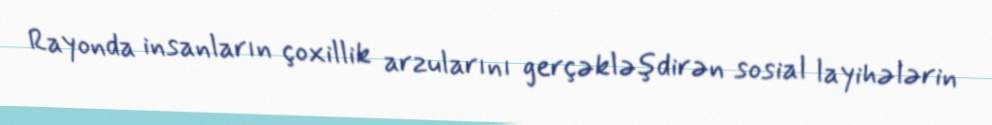
Rayonda insanların çoxillik arzularını gerçəkləşdirən sosial layihələrin